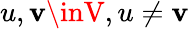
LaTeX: u,\mathbf{v}\inV,u\neq\mathbf{v}